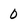
Character: 0